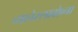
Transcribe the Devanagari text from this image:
व्याचेस्लावोव्ना